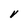
Character: V